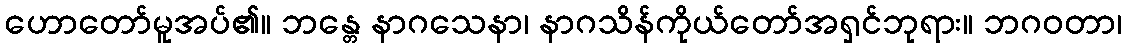
ဟောတော်မူအပ်၏။ ဘန္တေ နာဂသေနာ၊ နာဂသိန်ကိုယ်တော်အရှင်ဘုရား။ ဘဂဝတာ၊